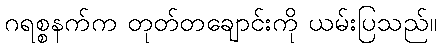
ဂရစ္စနက်က တုတ်တချောင်းကို ယမ်းပြသည်။